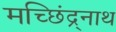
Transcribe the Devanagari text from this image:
मच्छिंद्र्नाथ